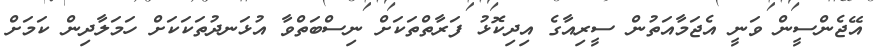
އޭޖެންސީން ވަނީ އެޖަމާއަތުން ސީރިއާގެ އިދިކޮޅު ފަރާތްތަކަށް ނިސްބަތްވާ އުޅަނދުތަކަކަށް ހަމަލާދިން ކަމަށް